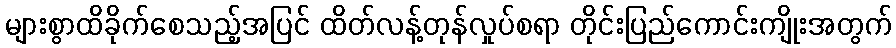
များစွာထိခိုက်စေသည့်အပြင် ထိတ်လန့်တုန်လှုပ်စရာ တိုင်းပြည်ကောင်းကျိုးအတွက်